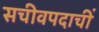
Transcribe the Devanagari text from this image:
सचीवपदाचीं